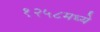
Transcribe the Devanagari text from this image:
१२५८मध्ये